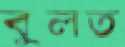
বুলত